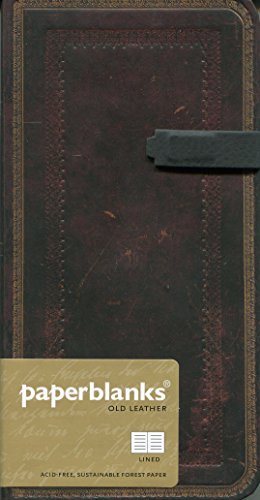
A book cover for Black Moroccan Slim Lined Journal (Old Leather); Travel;